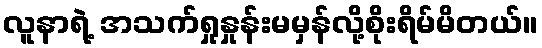
လူနာရဲ့ အသက်ရှုနှုန်းမမှန်လို့စိုးရိမ်မိတယ်။